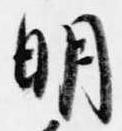
明